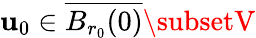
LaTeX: \mathbf{u}_{0}\in\overline{{{B_{r_{0}}(0)}}}\subsetV